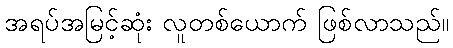
အရပ်အမြင့်ဆုံး လူတစ်ယောက် ဖြစ်လာသည်။